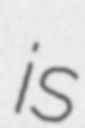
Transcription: is